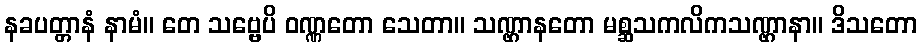
နခပတ္တာနံ နာမံ။ တေ သဗ္ဗေပိ ဝဏ္ဏတော သေတာ။ သဏ္ဌာနတော မစ္ဆသကလိကသဏ္ဌာနာ။ ဒိသတော